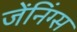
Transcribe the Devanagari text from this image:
जेंनिंग्स